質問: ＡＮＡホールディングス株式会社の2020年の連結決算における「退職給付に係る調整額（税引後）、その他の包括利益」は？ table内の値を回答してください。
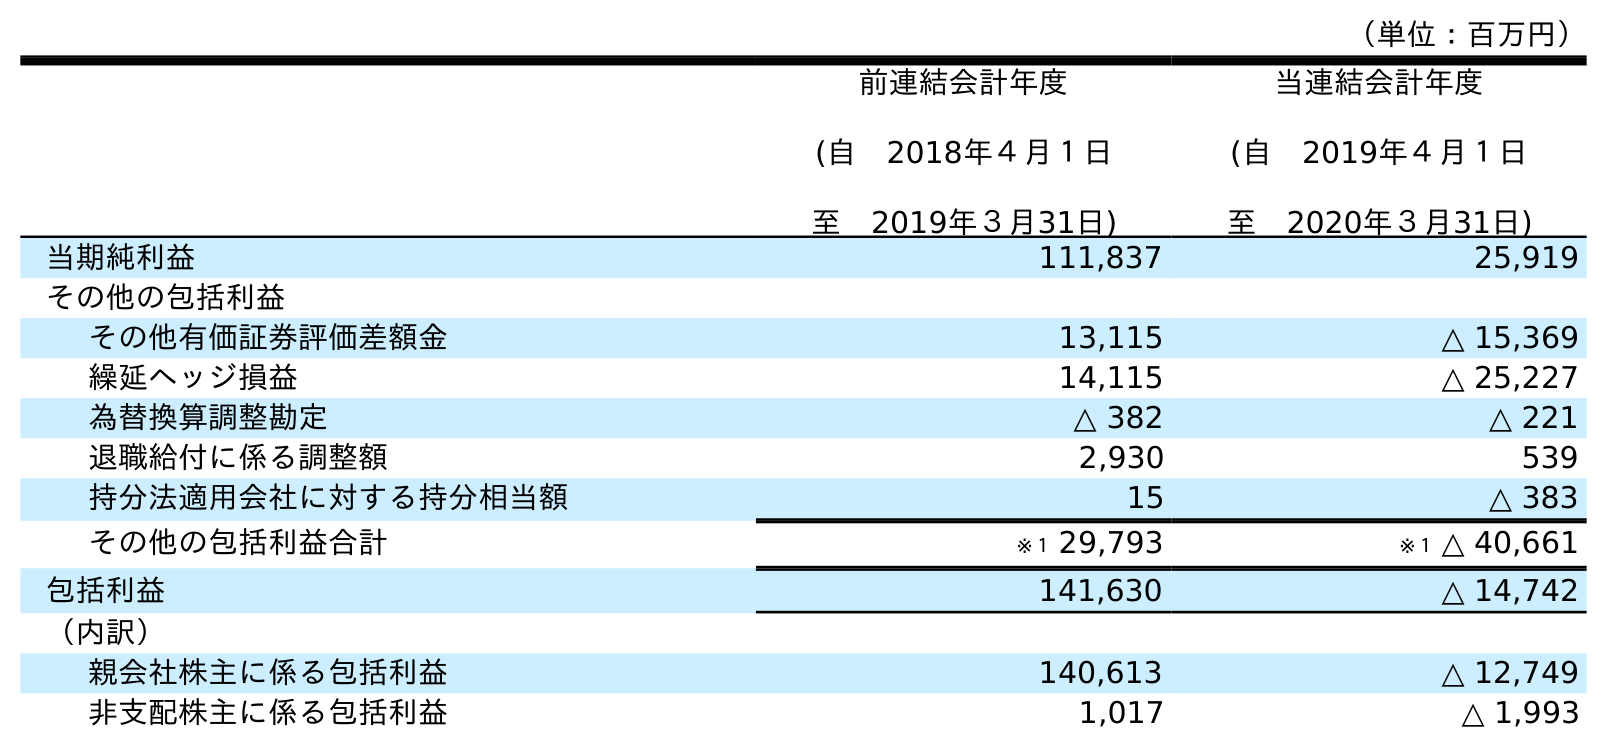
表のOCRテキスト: （単位：百万円） 前連結会計年度 (自 2018年４月１日 至 2019年３月31日) 当連結会計年度 (自 2019年４月１日 至 2020年３月31日) 当期純利益 111,837 25,919 その他の包括利益 その他有価証券評価差額金 13,115 △ 15,369 繰延ヘッジ損益 14,115 △ 25,227 為替換算調整勘定 △ 382 △ 221 退職給付に係る調整額 2,930 539 持分法適用会社に対する持分相当額 15 △ 383 その他の包括利益合計 ※１ 29,793 ※１ △ 40,661 包括利益 141,630 △ 14,742 （内訳） 親会社株主に係る包括利益 140,613 △ 12,749 非支配株主に係る包括利益 1,017 △ 1,993
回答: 539